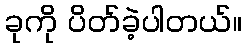
ခုကို ပိတ်ခဲ့ပါတယ်။